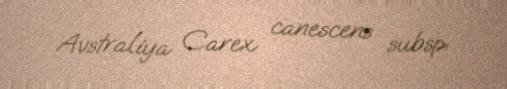
Avstraliya Carex canescens subsp.